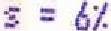
S = 6%